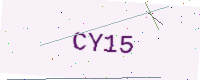
Text: CY15